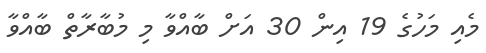
މެއި މަހުގެ 19 އިން 30 އަށް ބާއްވާ މި މުބާރާތް ބާއްވާ